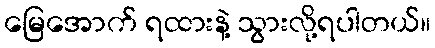
မြေအောက် ရထားနဲ့ သွားလို့ရပါတယ်။